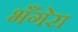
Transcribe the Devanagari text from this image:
भँगेरा